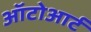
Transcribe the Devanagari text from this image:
ऑटोआर्ट